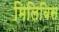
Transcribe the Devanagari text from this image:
मिलिबिस